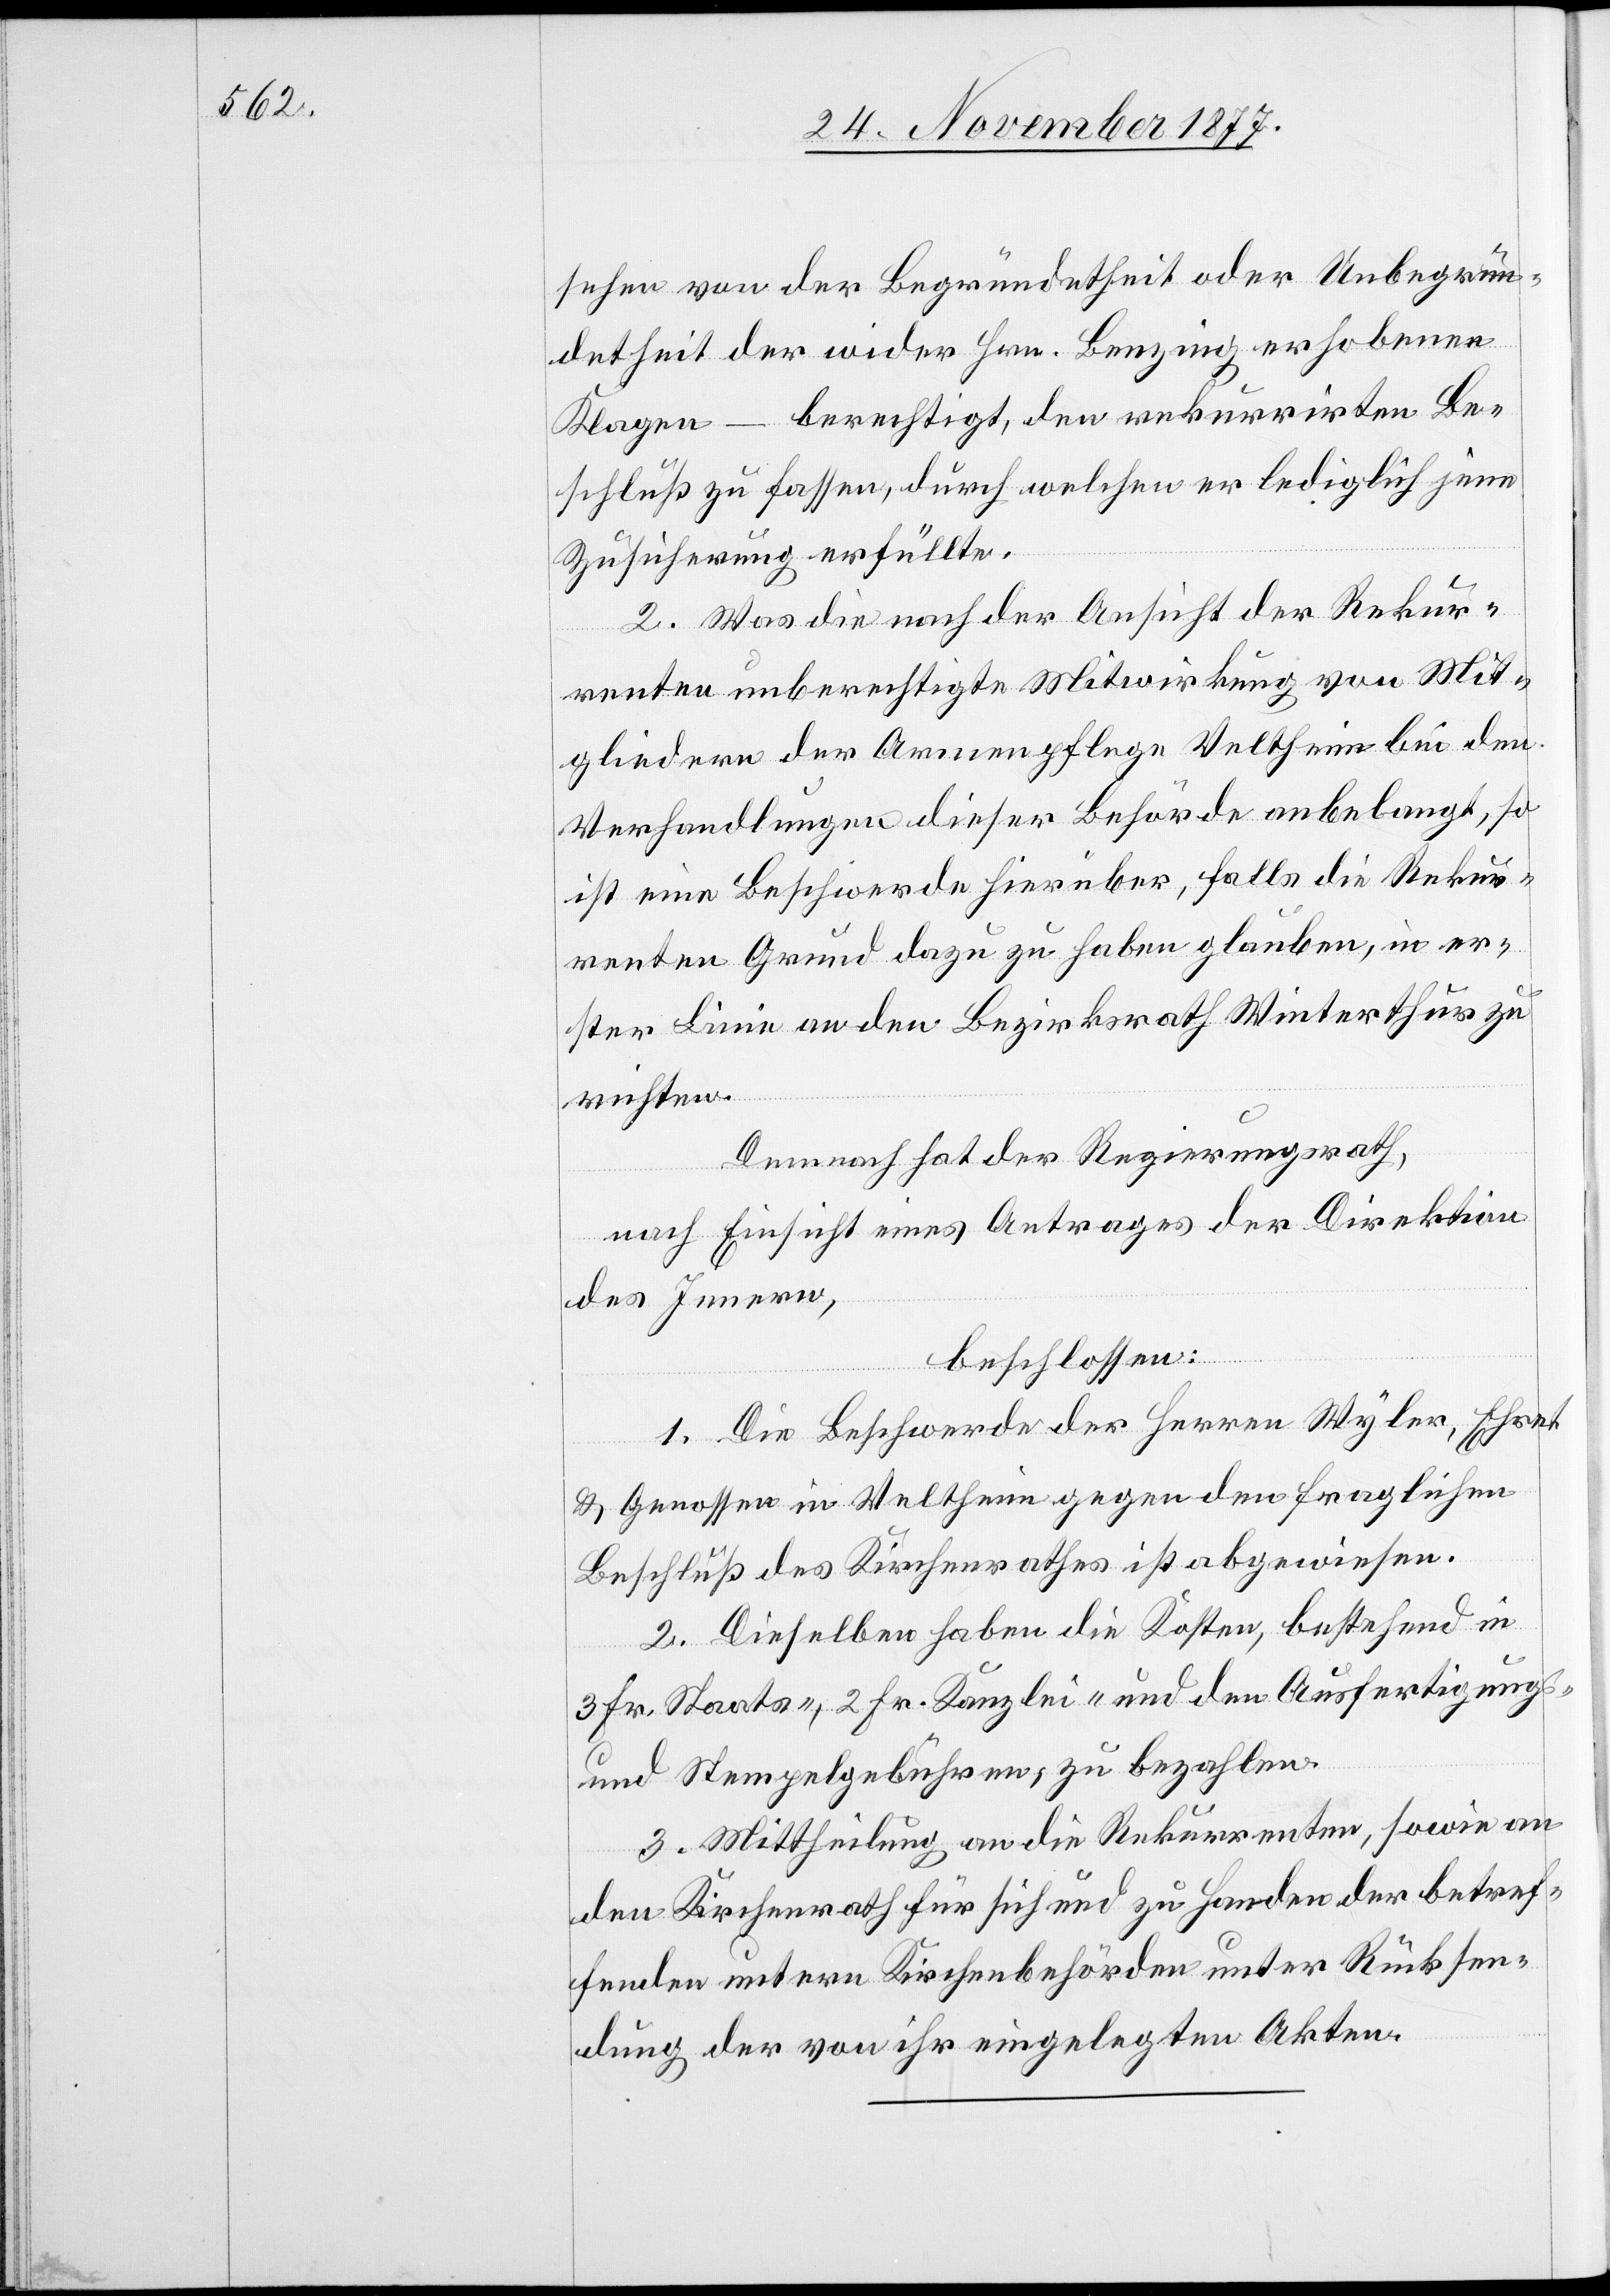
sehen von der Begründetheit oder Unbegrün¬
detheit der wider Hrn. Benzing erhobenen
Klagen – berechtigt, den rekurrirten Be¬
schluß zu fassen, durch welchen er lediglich jene
Zusicherung erfüllte.
2. Was die nach der Ansicht der Rekur¬
renten unberechtigte Mitwirkung von Mit¬
gliedern der Armenpflege Veltheim bei den
Verhandlungen dieser Behörde anbelangt, so
ist eine Beschwerde hierüber, falls die Rekur¬
renten Grund dazu zu haben glauben, in er¬
ster Linie an den Bezirksrath Winterthur zu
richten.
Demnach hat der Regierungsrath,
nach Einsicht eines Antrages der Direktion
des Innern,
beschlossen:
1. Die Beschwerde der Herren Wyler, Ehret
& Genossen in Veltheim gegen den fraglichen
Beschluß des Kirchenrathes ist abgewiesen.
2. Dieselben haben die Kosten, bestehend in
3 Fr. Staats-, 2 Fr. Kanzlei- und den Ausfertigungs-
und Stempelgebühren, zu bezahlen.
3. Mittheilung an die Rekurrenten, sowie an
den Kirchenrath für sich und zu Handen der betref¬
fenden untern Kirchenbehörden unter Rücksen¬
dung der von ihr eingelegten Akten.